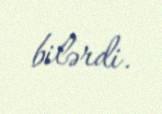
bilərdi.